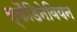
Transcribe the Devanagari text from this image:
स्कैडिनेवियन